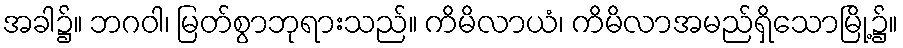
အခါ၌။ ဘဂဝါ၊ မြတ်စွာဘုရားသည်။ ကိမိလာယံ၊ ကိမိလာအမည်ရှိသောမြို့၌။